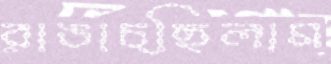
রাঙাচ্ছিলাম